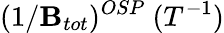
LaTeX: (1/\mathbf{B}_{tot})^{OSP}~(T^{-1})